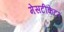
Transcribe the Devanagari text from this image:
मेसटीकेटर